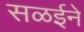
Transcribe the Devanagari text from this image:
सळईने